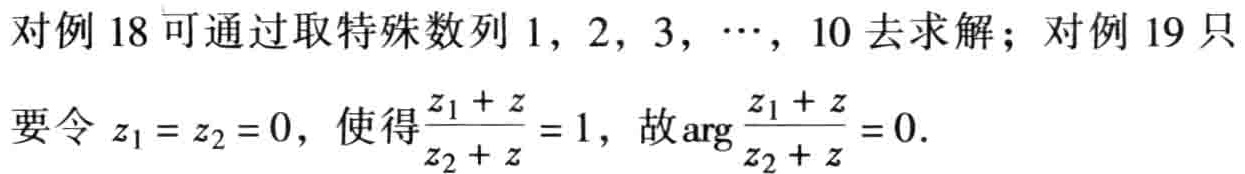
对例 18 可通过取特殊数列 \(1,2,3,\cdots,10\) 去求解；对例 19 只要令 \(z_1 = z_2 = 0\)，使得\(\frac{z_1 + z}{z_2 + z}=1\)，故\(\arg\frac{z_1 + z}{z_2 + z}=0\).